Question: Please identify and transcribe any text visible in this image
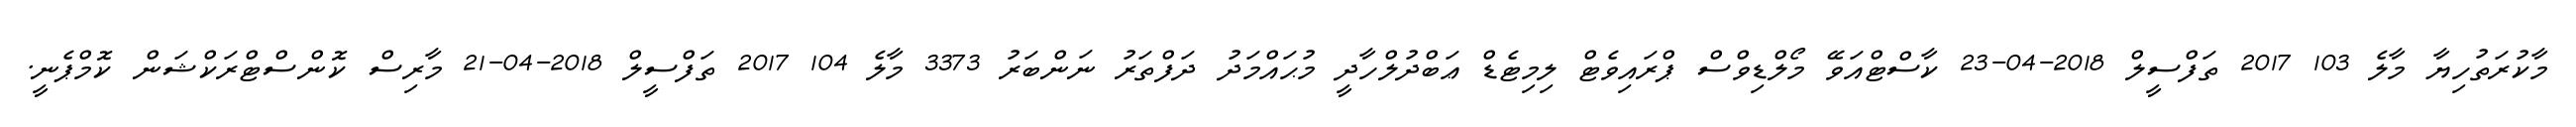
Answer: މާކުރަތުހިޔާ މާލެ 103 2017 ތަފްސީލް 2018-04-23 ކާސްޓްއަވޭ މޯލްޑިވްސް ޕްރައިވެޓް ލިމިޓެޑް ޢަބްދުލްހާދީ މުޙައްމަދު ދަފްތަރު ނަންބަރު 3373 މާލެ 104 2017 ތަފްސީލް 2018-04-21 މާރިސް ކޮންސްޓްރަކްޝަން ކޮމްޕެނީ.